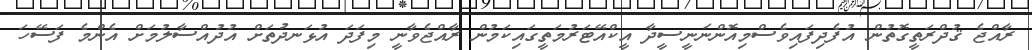
ރާއްޖެ ޤުދްރަތީގޮތުން އުފެދިފައިވެސްމިއޮންނަނީސީދާ އީކްއޭޓަރުމަތީގައިކަމުން ރާއްޖެވާނީ މިފަދަ އުޅަނދުތަށް އުދުއްސާލުމަށް އެންމެ ފަސޭހަ